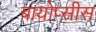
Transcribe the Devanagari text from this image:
बायोप्सीस